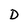
Character: D